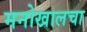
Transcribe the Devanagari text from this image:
मनोखालचा